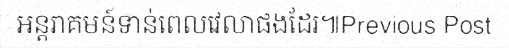
អន្តរាគមន៍ទាន់ពេលវេលាផងដែរ៕Previous Post